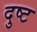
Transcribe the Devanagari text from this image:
दुष्‍ट